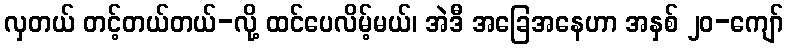
လှတယ် တင့်တယ်တယ်-လို့ ထင်ပေလိမ့်မယ်၊ အဲဒီ အခြေအနေဟာ အနှစ် ၂၀-ကျော်